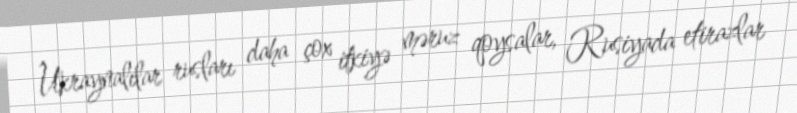
Ukraynalılar rusları daha çox itkiyə məruz qoysalar, Rusiyada etirazlar